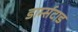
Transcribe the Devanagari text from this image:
डार्म्सटाड